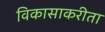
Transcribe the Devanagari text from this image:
विकासाकरीता